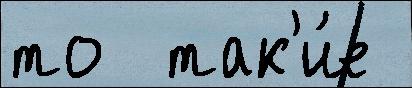
то  так'и́е